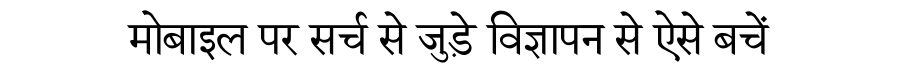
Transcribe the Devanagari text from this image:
मोबाइल पर सर्च से जुड़े विज्ञापन से ऐसे बचें